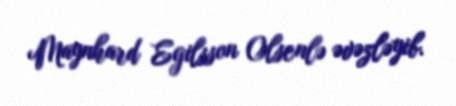
Maynhard Egilsson Olsenlə əvəzləyib.